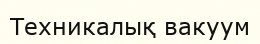
Техникалық вакуум